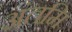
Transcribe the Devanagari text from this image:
अंतमि